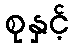
စုနှင့်